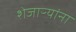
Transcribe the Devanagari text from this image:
शेजाऱ्यांना